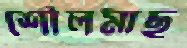
শৌলমাছ